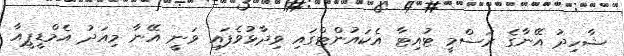
ޝާހިދު އޭނާގެ ރަސްމީ ޓުއިޓާ އެކައުންޓްގައި ވިދާޅުވެފައި ވަނީ އޭނާ މިއަދު އެމްޑީޕީއާ